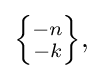
{\textstyle \left\{{\!-n\! \atop \!-k\!}\right\}\!,}